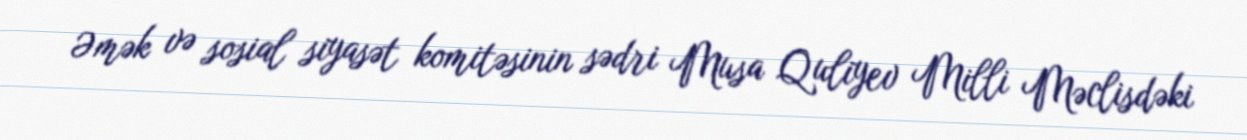
Əmək və sosial siyasət komitəsinin sədri Musa Quliyev Milli Məclisdəki